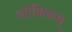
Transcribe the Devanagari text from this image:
लौकिकम्